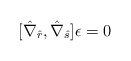
\begin{align*}[\hat \nabla_{\hat r} , \hat \nabla_{\hat s}] \epsilon = 0\end{align*}